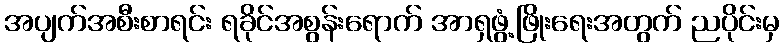
အပျက်အစီးစာရင်း ရခိုင်အစွန်းရောက် အာရှဖွံ့ဖြိုးရေးအတွက် ညပိုင်းမှ